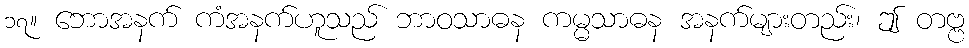
၁၇။ ဘောအနက် ကံအနက်ဟူသည် ဘာဝသာဓန ကမ္မသာဓန အနက်များတည်း၊ ဤ တဗ္ဗ